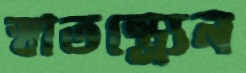
স্বাতন্ত্র্যেন